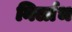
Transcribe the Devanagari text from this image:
निर्लाभ